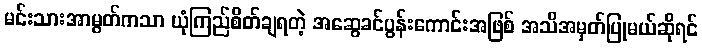
မင်းသားအာမွတ်ကသာ ယုံကြည်စိတ်ချရတဲ့ အဆွေခင်ပွန်းကောင်းအဖြစ် အသိအမှတ်ပြုမယ်ဆိုရင်